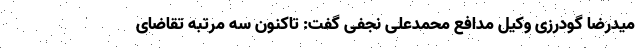
میدرضا گودرزی وکیل مدافع محمدعلی نجفی گفت: تاکنون سه مرتبه تقاضای